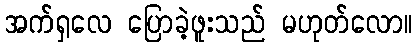
အက်ရှလေ ပြောခဲ့ဖူးသည် မဟုတ်လော။